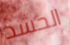
الحشد